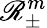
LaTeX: \mathscr{R}_{\pm}^{m}